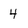
Character: 4